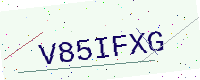
Text: V85IFXG